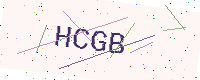
Text: HCGB